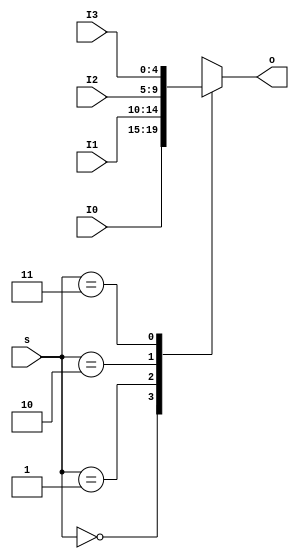
`timescale 1ns / 1ps
//////////////////////////////////////////////////////////////////////////////////
// Company: 
// Engineer: 
// 
// Design Name: 
// Module Name:    MUX8T1_32 
// Project Name: 
// Target Devices: 
// Tool versions: 
// Description: 
//
// Dependencies: 
//
// Revision: 
// Revision 0.01 - File Created
// Additional Comments: 
//
//////////////////////////////////////////////////////////////////////////////////
module   MUX4T1_5(input [1:0]s,
						input [4:0]I0,
						input [4:0]I1,
						input [4:0]I2,
						input [4:0]I3,						
						output reg[4:0]o
						 );

		always@*				//54,I0I1I2I30123
			case(s)
				2'b00: o <= I0;
				2'b01: o <= I1;
				2'b10: o <= I2;
				2'b11: o <= I3;
			endcase
			
endmodule